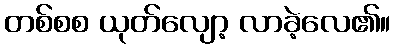
တစ်စစ ယုတ်လျော့ လာခဲ့လေ၏။